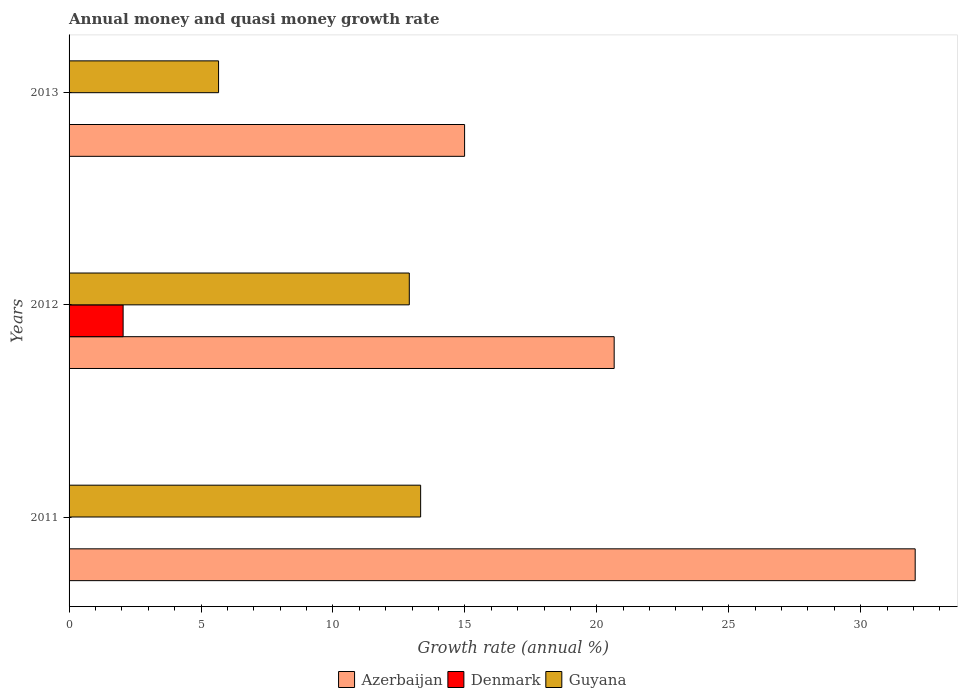
| Years | Azerbaijan | Denmark | Guyana |
 | --- | --- | --- | --- |
 | 2011 | 32.1 | -5.94 | 13.3 |
 | 2012 | 20.7 | 2.05 | 12.9 |
 | 2013 | 15 | -9.37 | 5.67 |